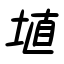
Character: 埴